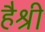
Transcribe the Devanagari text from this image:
हैश्री